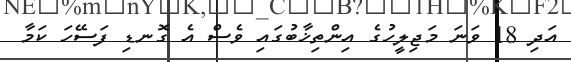
އަދި 18 ވަނަ މަޖިލީހުގެ އިންތިޚާބުގައި ވެސް އެ ގޮނޑި ފަސޭހަ ކަމާ